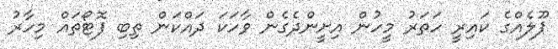
ޕޫލެއްގެ ކައިރީ ހަތަރު މީހުން އިށީންދެގެން ވާހަކަ ދައްކަން ތިބި ފޮޓޯތައް މިހާރު